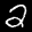
Label: 2